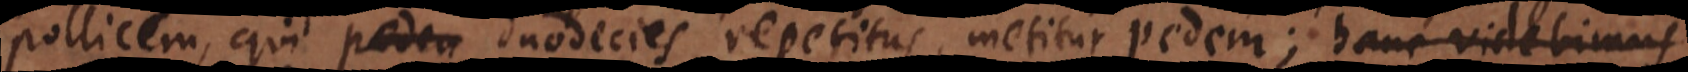
pollicem, qui duodecies repetitus, metitur pedem; hanc videbimus